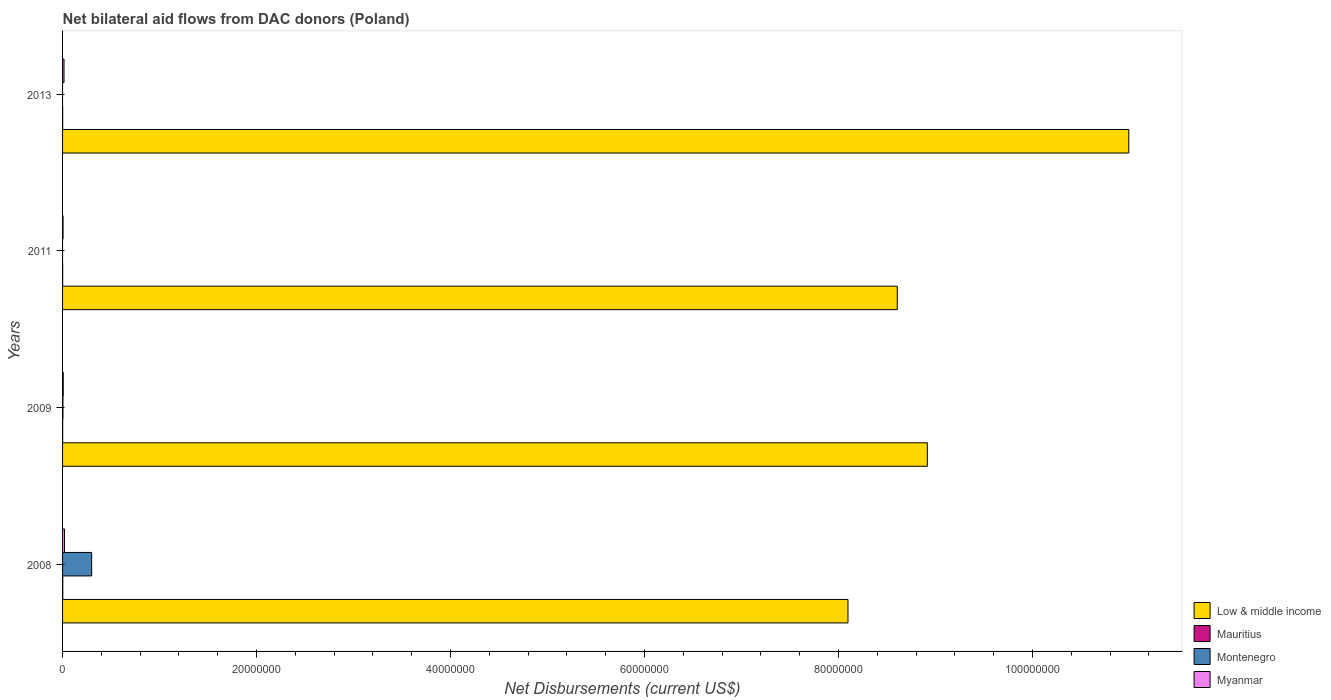
| Years | Low & middle income | Mauritius | Montenegro | Myanmar |
 | --- | --- | --- | --- | --- |
 | 2008 | 8.1e+07 | 2e+04 | 3e+06 | 2e+05 |
 | 2009 | 8.92e+07 | 1e+04 | 4e+04 | 7e+04 |
 | 2011 | 8.61e+07 | 1e+04 | -9.5e+05 | 5e+04 |
 | 2013 | 1.1e+08 | 1e+04 | -9e+05 | 1.5e+05 |